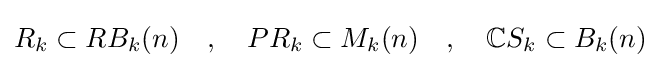
R_{k}\subset RB_{k}(n)\quad ,\quad PR_{k}\subset M_{k}(n)\quad ,\quad \mathbb {C} S_{k}\subset B_{k}(n)